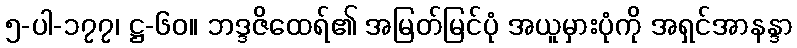
၅-ပါ-၁၇၇၊ ဋ္ဌ-၆၀။ ဘဒ္ဒဇိထေရ်၏ အမြတ်မြင်ပုံ အယူမှားပုံကို အရှင်အာနန္ဒာ